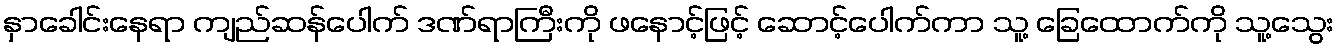
နှာခေါင်းနေရာ ကျည်ဆန်ပေါက် ဒဏ်ရာကြီးကို ဖနောင့်ဖြင့် ဆောင့်ပေါက်ကာ သူ့ ခြေထောက်ကို သူ့သွေး